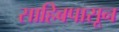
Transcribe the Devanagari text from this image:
साहिबपासून